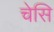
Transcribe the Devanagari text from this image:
चेसि